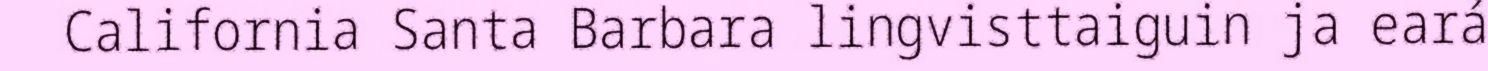
California Santa Barbara lingvisttaiguin ja eará